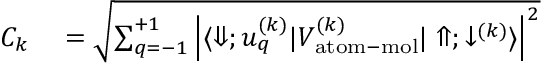
\begin{array} { r l } { C _ { k } } & { { } = \sqrt { \sum _ { q = - 1 } ^ { + 1 } \left| \langle \Downarrow ; u _ { q } ^ { ( k ) } | V _ { \mathrm { a t o m - m o l } } ^ { ( k ) } | \Uparrow ; \downarrow ^ { ( k ) } \rangle \right| ^ { 2 } } } \end{array}